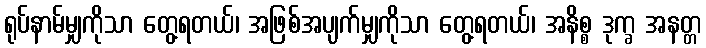
ရုပ်နာမ်မျှကိုသာ တွေ့ရတယ်၊ အဖြစ်အပျက်မျှကိုသာ တွေ့ရတယ်၊ အနိစ္စ ဒုက္ခ အနတ္တ